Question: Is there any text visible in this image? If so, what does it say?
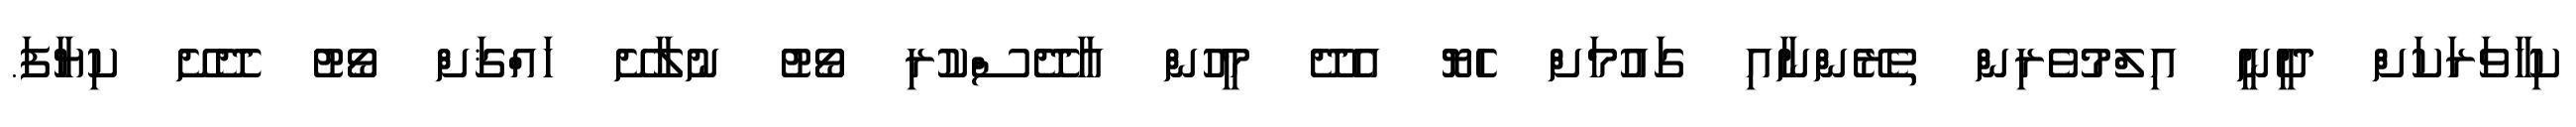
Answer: ކިހާވަރަކަށް ދީނީ އިލްމުވެރިން ތެރޭންނާއި ގައުމަށް ހެޔޮ އެދޭ މީހުން އާދޭސްކުރި ވޯޓު ނުލާށޭ ހައްޤަށް ވޯޓު ދޭށޭ ކިޔާފަ.